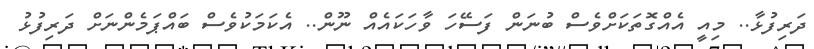
ދަރިފުޅާ.. މިއީ އެއްގޮތަކަށްވެސް ބުނަން ފަސޭހަ ވާހަކައެއް ނޫން.. އެކަމަކުވެސް ބައްޕަމެންނަށް ދަރިފުޅު